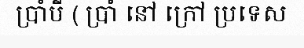
ប្រាំបី ( ប្រាំ នៅ ក្រៅ ប្រទេស